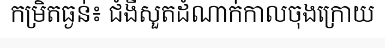
កម្រិតធ្ងន់៖ ជំងឺសួតដំណាក់កាលចុងក្រោយ